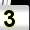
Digit: 3